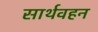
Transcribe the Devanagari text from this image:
सार्थवहन